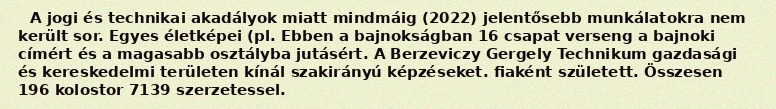
A jogi és technikai akadályok miatt mindmáig (2022) jelentősebb munkálatokra nem került sor. Egyes életképei (pl. Ebben a bajnokságban 16 csapat verseng a bajnoki címért és a magasabb osztályba jutásért. A Berzeviczy Gergely Technikum gazdasági és kereskedelmi területen kínál szakirányú képzéseket. fiaként született. Összesen 196 kolostor 7139 szerzetessel.